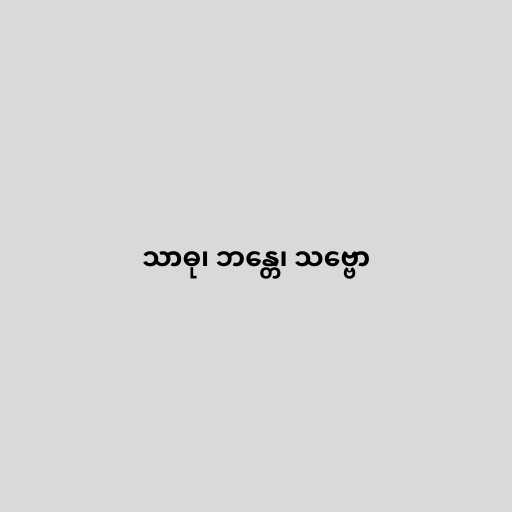
သာဓု၊ ဘန္တေ၊ သဗ္ဗော